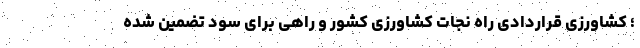
؛ کشاورزی قراردادی راه نجات کشاورزی کشور و راهی برای سود تضمین شده